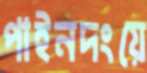
পাইনদংয়ে